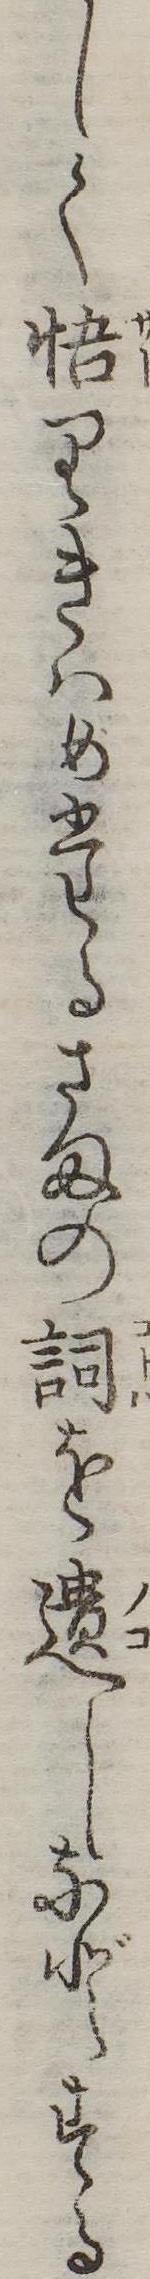
しく悟りきはめたるさまの詞を遺しなどする